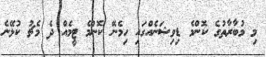
މި މުބާރާތުގެ ކޮންމެ ޑިވިޝަނެއްގައި ހިމެނޭ ކޮންމެ ޓީމެއް ދެ މެޗު ކުޅޭނެ